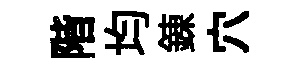
階均錬穴